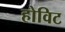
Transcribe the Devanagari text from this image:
होविट